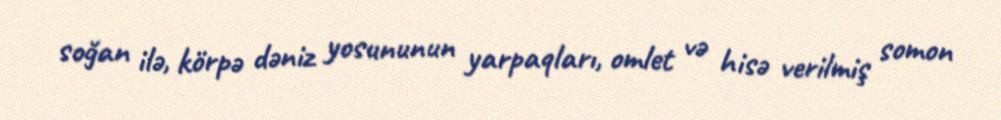
soğan ilə, körpə dəniz yosununun yarpaqları, omlet və hisə verilmiş somon